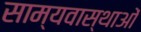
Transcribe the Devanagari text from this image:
साम्यवास्थाओं